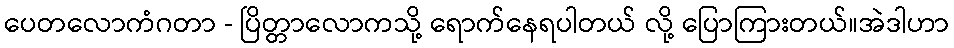
ပေတလောကံဂတာ - ပြိတ္တာလောကသို့ ရောက်နေရပါတယ် လို့ ပြောကြားတယ်။အဲဒါဟာ